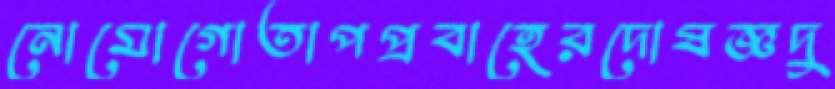
নোমোগোতাপপ্রবাহেরদোষজ্ঞদু